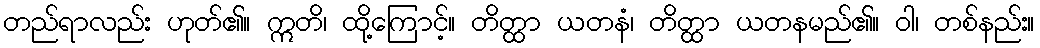
တည်ရာလည်း ဟုတ်၏။ ဣတိ၊ ထို့ကြောင့်။ တိတ္ထာ ယတနံ၊ တိတ္ထာ ယတနမည်၏။ ဝါ၊ တစ်နည်း။